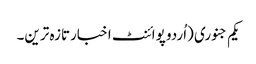
یکم جنوری (اُردو پوائنٹ اخبارتازہ ترین۔